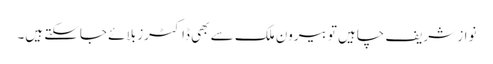
نواز شریف چاہیں تو بیرون ملک سے بھی ڈاکٹرز بلائے جاسکتے ہیں۔